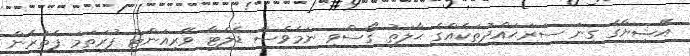
އޭޝިޔާގެ ގިނަ ސަރަޙައްދުތަކެއްގެ ޙާލަތު ގޯސްވި ނަމެވެސް ޑެލްޓާ ވޭރިއަންޓު ފުރަތަމަ ފެތުރެން